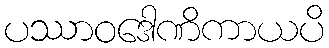
ပဿာဝဒေါဏိကာယပိ